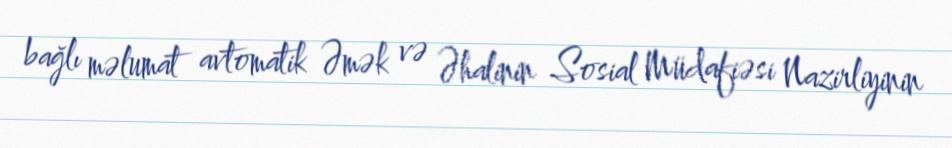
bağlı məlumat avtomatik Əmək və Əhalinin Sosial Müdafiəsi Nazirliyinin